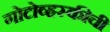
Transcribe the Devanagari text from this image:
गोटोव्हस्कीची